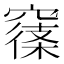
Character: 𥧽